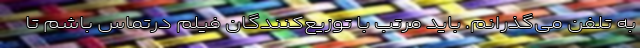
به تلفن می‌گذرانم. باید مرتب با توزیع‌کنندگان فیلم درتماس باشم تا